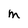
Character: m